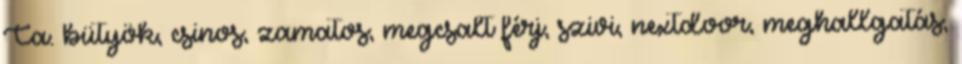
Ca. bütyök, csinos, zamatos, megcsalt férj, szivi, nextdoor, meghallgatás,